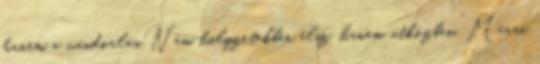
hanem a vándorlás. Nem helyzetekben élsz, hanem útközben.” Márai